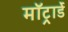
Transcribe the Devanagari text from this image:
मॉट्रार्डे